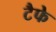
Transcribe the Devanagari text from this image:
टैफे